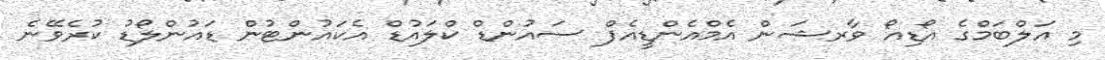
މި އަލްބަމްގެ އޯޑިއޯ ވާރޝަން އެމްއެންޑީއެފް ސައުންޑް ކްލައުޑް އެކައުންޓުން ޑައުންލޯޑު ކުރެވޭނެ